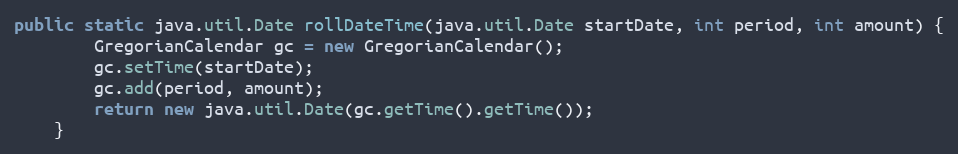
Language: Java
public static java.util.Date rollDateTime(java.util.Date startDate, int period, int amount) {
        GregorianCalendar gc = new GregorianCalendar();
        gc.setTime(startDate);
        gc.add(period, amount);
        return new java.util.Date(gc.getTime().getTime());
    }